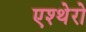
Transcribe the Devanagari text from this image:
एश्थेरो